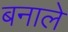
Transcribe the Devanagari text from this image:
बनाले